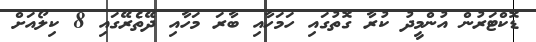
ޑޮކްޓަރުން އުންމީދު ކުރާ ގޮތުގައި ހަމަހާއި ބާރަ މަހާއި ދޭތެރޭގައި 8 ކިލޯއަށް